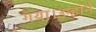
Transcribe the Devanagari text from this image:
गया।उन्होंने